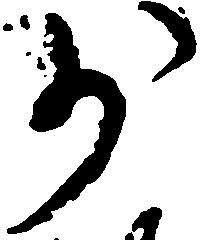
少